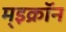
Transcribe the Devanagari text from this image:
म्इक्रॉन